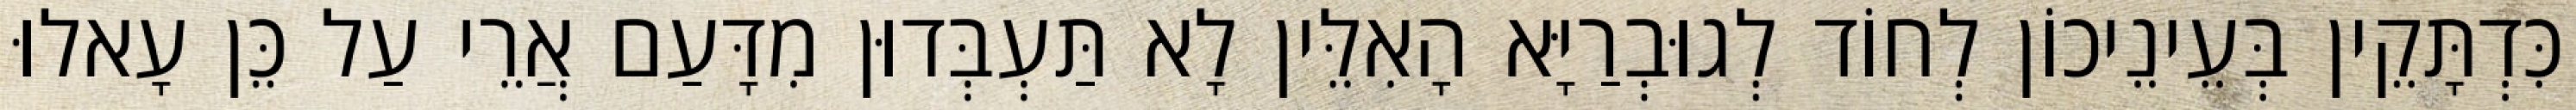
כִּדְתָּקֵין בְּעֵינֵיכוֹן לְחוֹד לְגוּבְרַיָּא הָאִלֵּין לָא תַּעְבְּדוּן מִדָּעַם אֲרֵי עַל כֵּן עָאלוּ